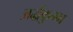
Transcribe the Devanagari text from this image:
अर्द्धकुम्भ